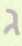
ג